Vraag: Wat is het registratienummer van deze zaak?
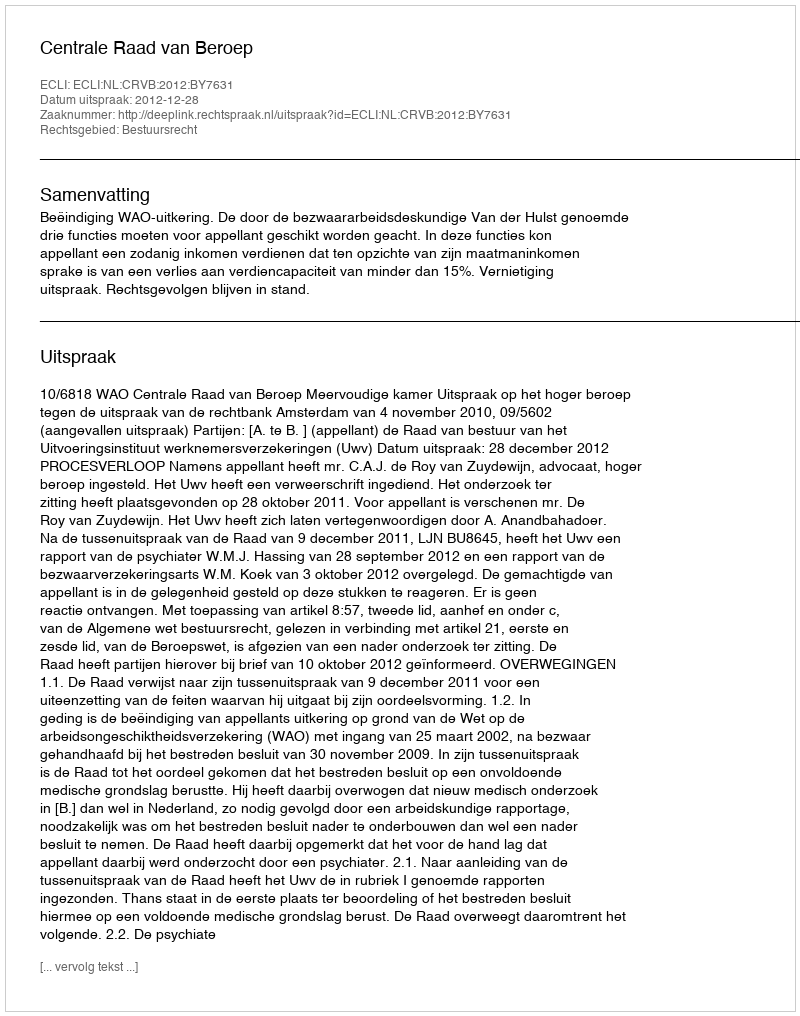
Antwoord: http://deeplink.rechtspraak.nl/uitspraak?id=ECLI:NL:CRVB:2012:BY7631